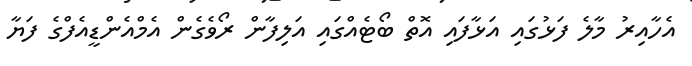
އެހާއިރު މާލެ ފަޅުގައި އަޅާފައި އޮތް ބޯޓެއްގައި އަލިފާން ރޯވެގެން އެމްއެންޑީއެފްގެ ފަޔާ